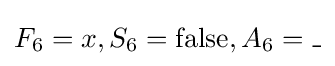
F_{6}=x,S_{6}=\operatorname {false} ,A_{6}=\_